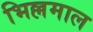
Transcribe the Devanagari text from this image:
भिल्लमाल